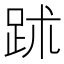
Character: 䟣